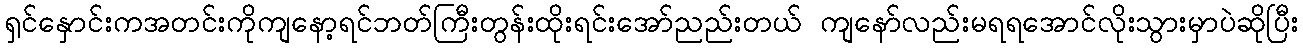
ရှင်နှောင်းကအတင်းကိုကျနော့ရင်ဘတ်ကြီးတွန်းထိုးရင်းအော်ညည်းတယ် ကျနော်လည်းမရရအောင်လိုးသွားမှာပဲဆိုပြီး